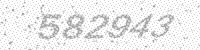
Solution: 582943